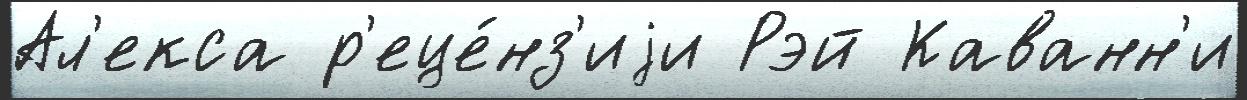
Ал'екса р'еце́нз'иjи Рэй Каванн'и